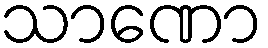
သာဏော